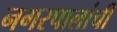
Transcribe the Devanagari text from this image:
नगरपालांची